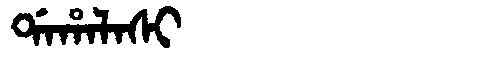
Manchu: ᡩᠠᡥᠠᠯᠠᠰᡳ
Romanization: DAHALASI